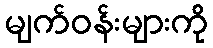
မျက်ဝန်းများကို